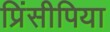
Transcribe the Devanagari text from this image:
प्रिंसीपिया